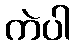
ကဲပါ